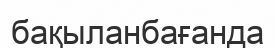
бақыланбағанда